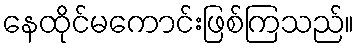
နေထိုင်မကောင်းဖြစ်ကြသည်။